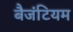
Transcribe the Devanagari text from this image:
बैजंटियम